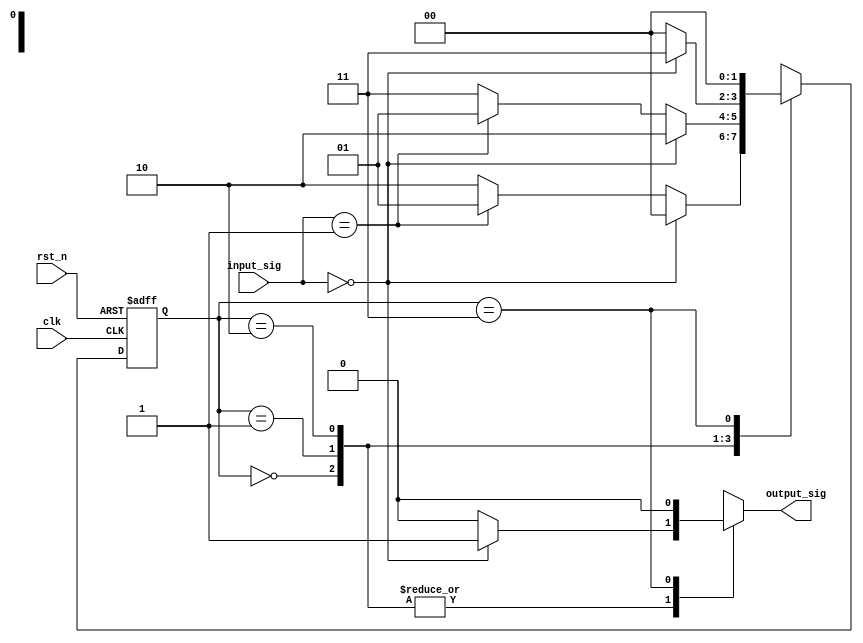
module mealy_state_machine (
    input wire clk,                // Clock input
    input wire rst_n,              // Asynchronous reset (active low)
    input wire [1:0] input_sig,    // 2-bit input signals
    output reg output_sig          // Output signal
);

    // State encoding
    parameter S0 = 2'b00; // State 0
    parameter S1 = 2'b01; // State 1
    parameter S2 = 2'b10; // State 2
    parameter S3 = 2'b11; // State 3

    reg [1:0] current_state;   // Current state register
    reg [1:0] next_state;      // Next state logic

    // State transition logic
    always @(*) begin
        case (current_state)
            S0: begin
                if (input_sig == 2'b00) begin
                    next_state = S0;
                    output_sig = 1'b1; // Output for S0 with input 00
                end else if (input_sig == 2'b01) begin
                    next_state = S1;
                    output_sig = 1'b0; // Output for S0 with input 01
                end else begin
                    next_state = S2;  
                    output_sig = 1'b0; // Output for S0 with other inputs
                end
            end
            
            S1: begin
                if (input_sig == 2'b00) begin
                    next_state = S2;
                    output_sig = 1'b1; // Output for S1 with input 00
                end else if (input_sig == 2'b01) begin
                    next_state = S1;
                    output_sig = 1'b0; // Output for S1 with input 01
                end else begin
                    next_state = S3; 
                    output_sig = 1'b0; // Output for S1 with other inputs
                end
            end

            S2: begin
                if (input_sig == 2'b00) begin
                    next_state = S3;
                    output_sig = 1'b1; // Output for S2 with input 00
                end else begin
                    next_state = S0; 
                    output_sig = 1'b0; // Output for S2 with other inputs
                end
            end
            
            S3: begin
                next_state = S0; // Loop back to S0 for any input
                output_sig = 1'b0; // Output for S3
            end
            
            default: begin
                next_state = S0;
                output_sig = 1'b0; // Catch-all
            end
        endcase
    end

    // State register and reset logic
    always @(posedge clk or negedge rst_n) begin
        if (!rst_n) begin
            current_state <= S0; // Reset to State S0
        end else begin
            current_state <= next_state; // Update the state to the next state
        end
    end

endmodule